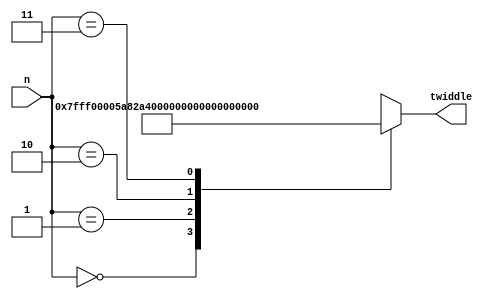
module FFT8_LUT(n, twiddle);
	input [9:0] n;
		
	output reg [31:0] twiddle;
	
	always @ (n)
	begin
		case(n)
		3'd0  : twiddle = { 16'd32767   ,  16'd0       }; //i=0  n=8  twiddle= 1               + i 0
		3'd1  : twiddle = { 16'd23170   , -16'd23170   }; //i=1  n=8  twiddle= 7.071068e-01    + i -7.071068e-01
		3'd2  : twiddle = { 16'd0       , -16'd32767   }; //i=2  n=8  twiddle= 6.123234e-17    + i -1
		3'd3  : twiddle = {-16'd23170   , -16'd23170   }; //i=3  n=8  twiddle= -7.071068e-01   + i -7.071068e-01
		default: twiddle = 'bX;
		endcase
	end

endmodule